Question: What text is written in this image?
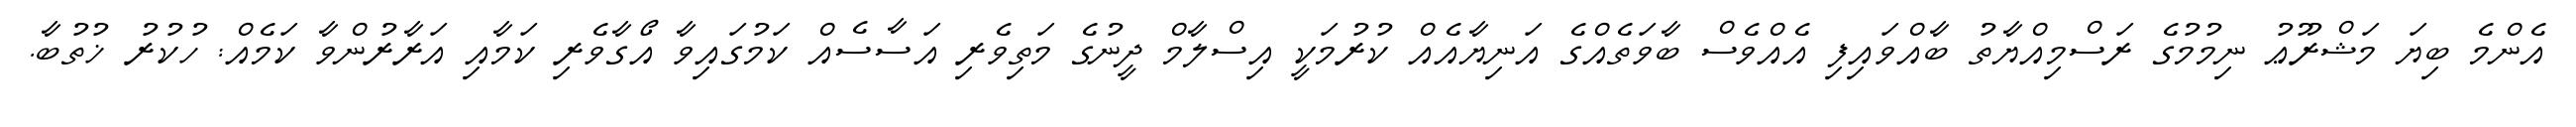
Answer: އެންމެ ބިޔަ މަޝްރޫޢު ނިމުމުގެ ރަސްމިއްޔާތު ބާއްވައިފި އެއްވެސް ބާވަތެއްގެ އަނިޔާއެއް ކުރުމަކީ އިސްލާމް ދީނުގެ މަތިވެރި އަސާސެއް ކަމުގައިވާ އޯގާވެރި ކަމާއި އަރާރުންވާ ކަމެއް: ހުކުރު ޚުތުބާ.